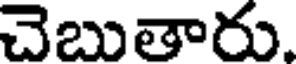
చెబుతారు.